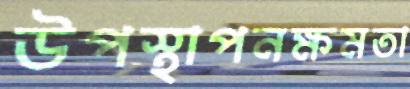
উপস্থাপনক্ষমতা